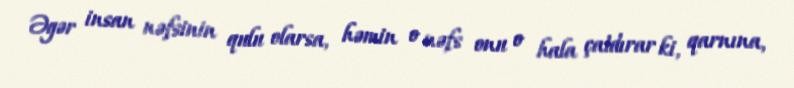
Əgər insan nəfsinin qulu olarsa, həmin o nəfs onu o hala çatdırar ki, qarnına,